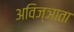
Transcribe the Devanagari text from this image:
अविज्ञाता